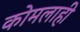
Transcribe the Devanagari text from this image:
कोमलाही